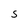
Character: S